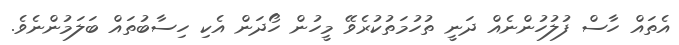
އެތައް ހާސް ފުލުހުންނެއް ދަނީ ތުހުމަތުކުރެވޭ މީހުން ހޯދަން އެކި ހިސާބުތައް ބަލަމުންނެވެ.